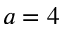
a = 4